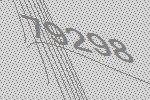
79298